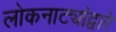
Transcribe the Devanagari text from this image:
लोकनाट्यांद्वारे